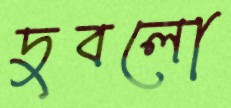
দুবলো